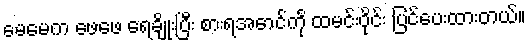
မေမေက ဖေဖေ ရေချိုးပြီး စားရအောင်ကို ထမင်းဝိုင်း ပြင်ပေးထားတယ်။